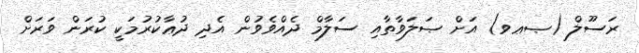
ރަސޫލް (ޞޢވ) އަށް ޞަލަވާތާއި ސަލާމް ދެއްވެވުން އެދި ދުޢާކުރުމަކީ ކުރަން ވަރަށް